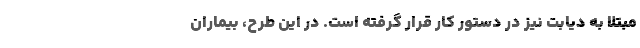
مبتلا به دیابت نیز در دستور کار قرار گرفته است. در این طرح، بیماران